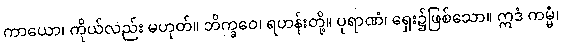
ကာယော၊ ကိုယ်လည်း မဟုတ်။ ဘိက္ခဝေ၊ ရဟန်းတို့။ ပုရာဏံ၊ ရှေး၌ဖြစ်သော။ ဣဒံ ကမ္မံ၊